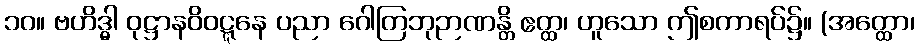
၁၀။ ဗဟိဒ္ဓါ ဝုဋ္ဌာနဝိဝဋ္ဋနေ ပညာ ဂေါတြဘုဉာဏန္တိ ဧတ္ထ၊ ဟူသော ဤစကာရပ်၌။ (အတ္ထော၊